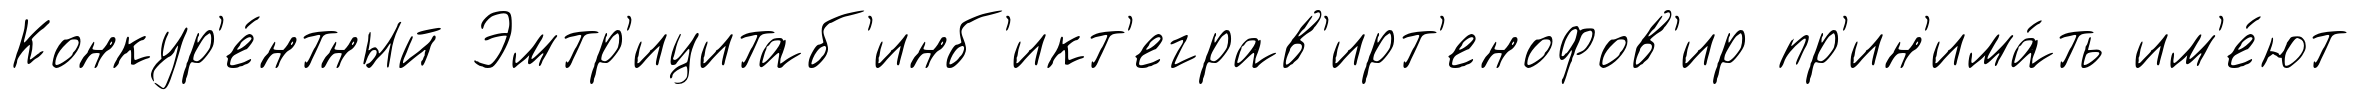
Конкур'е́нтный Эмтр'ицитаб'инб'икт'еграв'ирт'енофов'ир пр'ин'има́ть им'е́ют